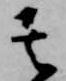
其